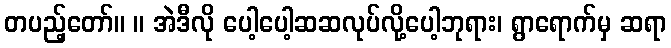
တပည့်တော်။ ။ အဲဒီလို ပေါ့ပေါ့ဆဆလုပ်လို့ပေါ့ဘုရား၊ ရွာရောက်မှ ဆရာ